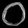
Digit: ၀